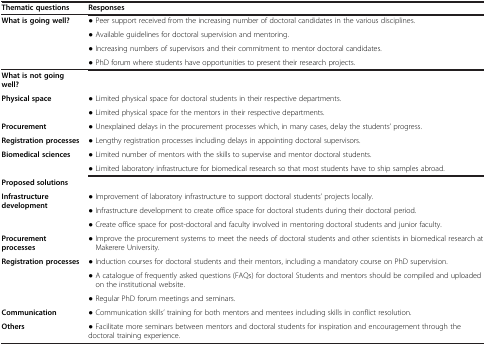
<table><thead><tr><td><b>Thematic questions</b></td><td><b>Responses</b></td></tr></thead><tbody><tr><td><b>What is going well?</b></td><td>● Peer support received from the increasing number of doctoral candidates in the various disciplines.</td></tr><tr><td> </td><td>● Available guidelines for doctoral supervision and mentoring.</td></tr><tr><td> </td><td>● Increasing numbers of supervisors and their commitment to mentor doctoral candidates.</td></tr><tr><td> </td><td>● PhD forum where students have opportunities to present their research projects.</td></tr><tr><td><b>What is not going well?</b></td><td> </td></tr><tr><td rowspan="2"><b>Physical space</b></td><td>● Limited physical space for doctoral students in their respective departments.</td></tr><tr><td>● Limited physical space for the mentors in their respective departments.</td></tr><tr><td><b>Procurement</b></td><td>● Unexplained delays in the procurement processes which, in many cases, delay the students’ progress.</td></tr><tr><td><b>Registration processes</b></td><td>● Lengthy registration processes including delays in appointing doctoral supervisors.</td></tr><tr><td rowspan="2"><b>Biomedical sciences</b></td><td>● Limited number of mentors with the skills to supervise and mentor doctoral students.</td></tr><tr><td>● Limited laboratory infrastructure for biomedical research so that most students have to ship samples abroad.</td></tr><tr><td><b>Proposed solutions</b></td><td> </td></tr><tr><td rowspan="3"><b>Infrastructure development</b></td><td>● Improvement of laboratory infrastructure to support doctoral students’ projects locally.</td></tr><tr><td>● Infrastructure development to create office space for doctoral students during their doctoral period.</td></tr><tr><td>● Create office space for post-doctoral and faculty involved in mentoring doctoral students and junior faculty.</td></tr><tr><td><b>Procurement processes</b></td><td>● Improve the procurement systems to meet the needs of doctoral students and other scientists in biomedical research at Makerere University.</td></tr><tr><td rowspan="3"><b>Registration processes</b></td><td>● Induction courses for doctoral students and their mentors, including a mandatory course on PhD supervision.</td></tr><tr><td>● A catalogue of frequently asked questions (FAQs) for doctoral Students and mentors should be compiled and uploaded on the institutional website.</td></tr><tr><td>● Regular PhD forum meetings and seminars.</td></tr><tr><td><b>Communication</b></td><td>● Communication skills’ training for both mentors and mentees including skills in conflict resolution.</td></tr><tr><td><b>Others</b></td><td>● Facilitate more seminars between mentors and doctoral students for inspiration and encouragement through the doctoral training experience.</td></tr></tbody></table>